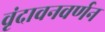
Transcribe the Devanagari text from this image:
वृंदावनवर्णन